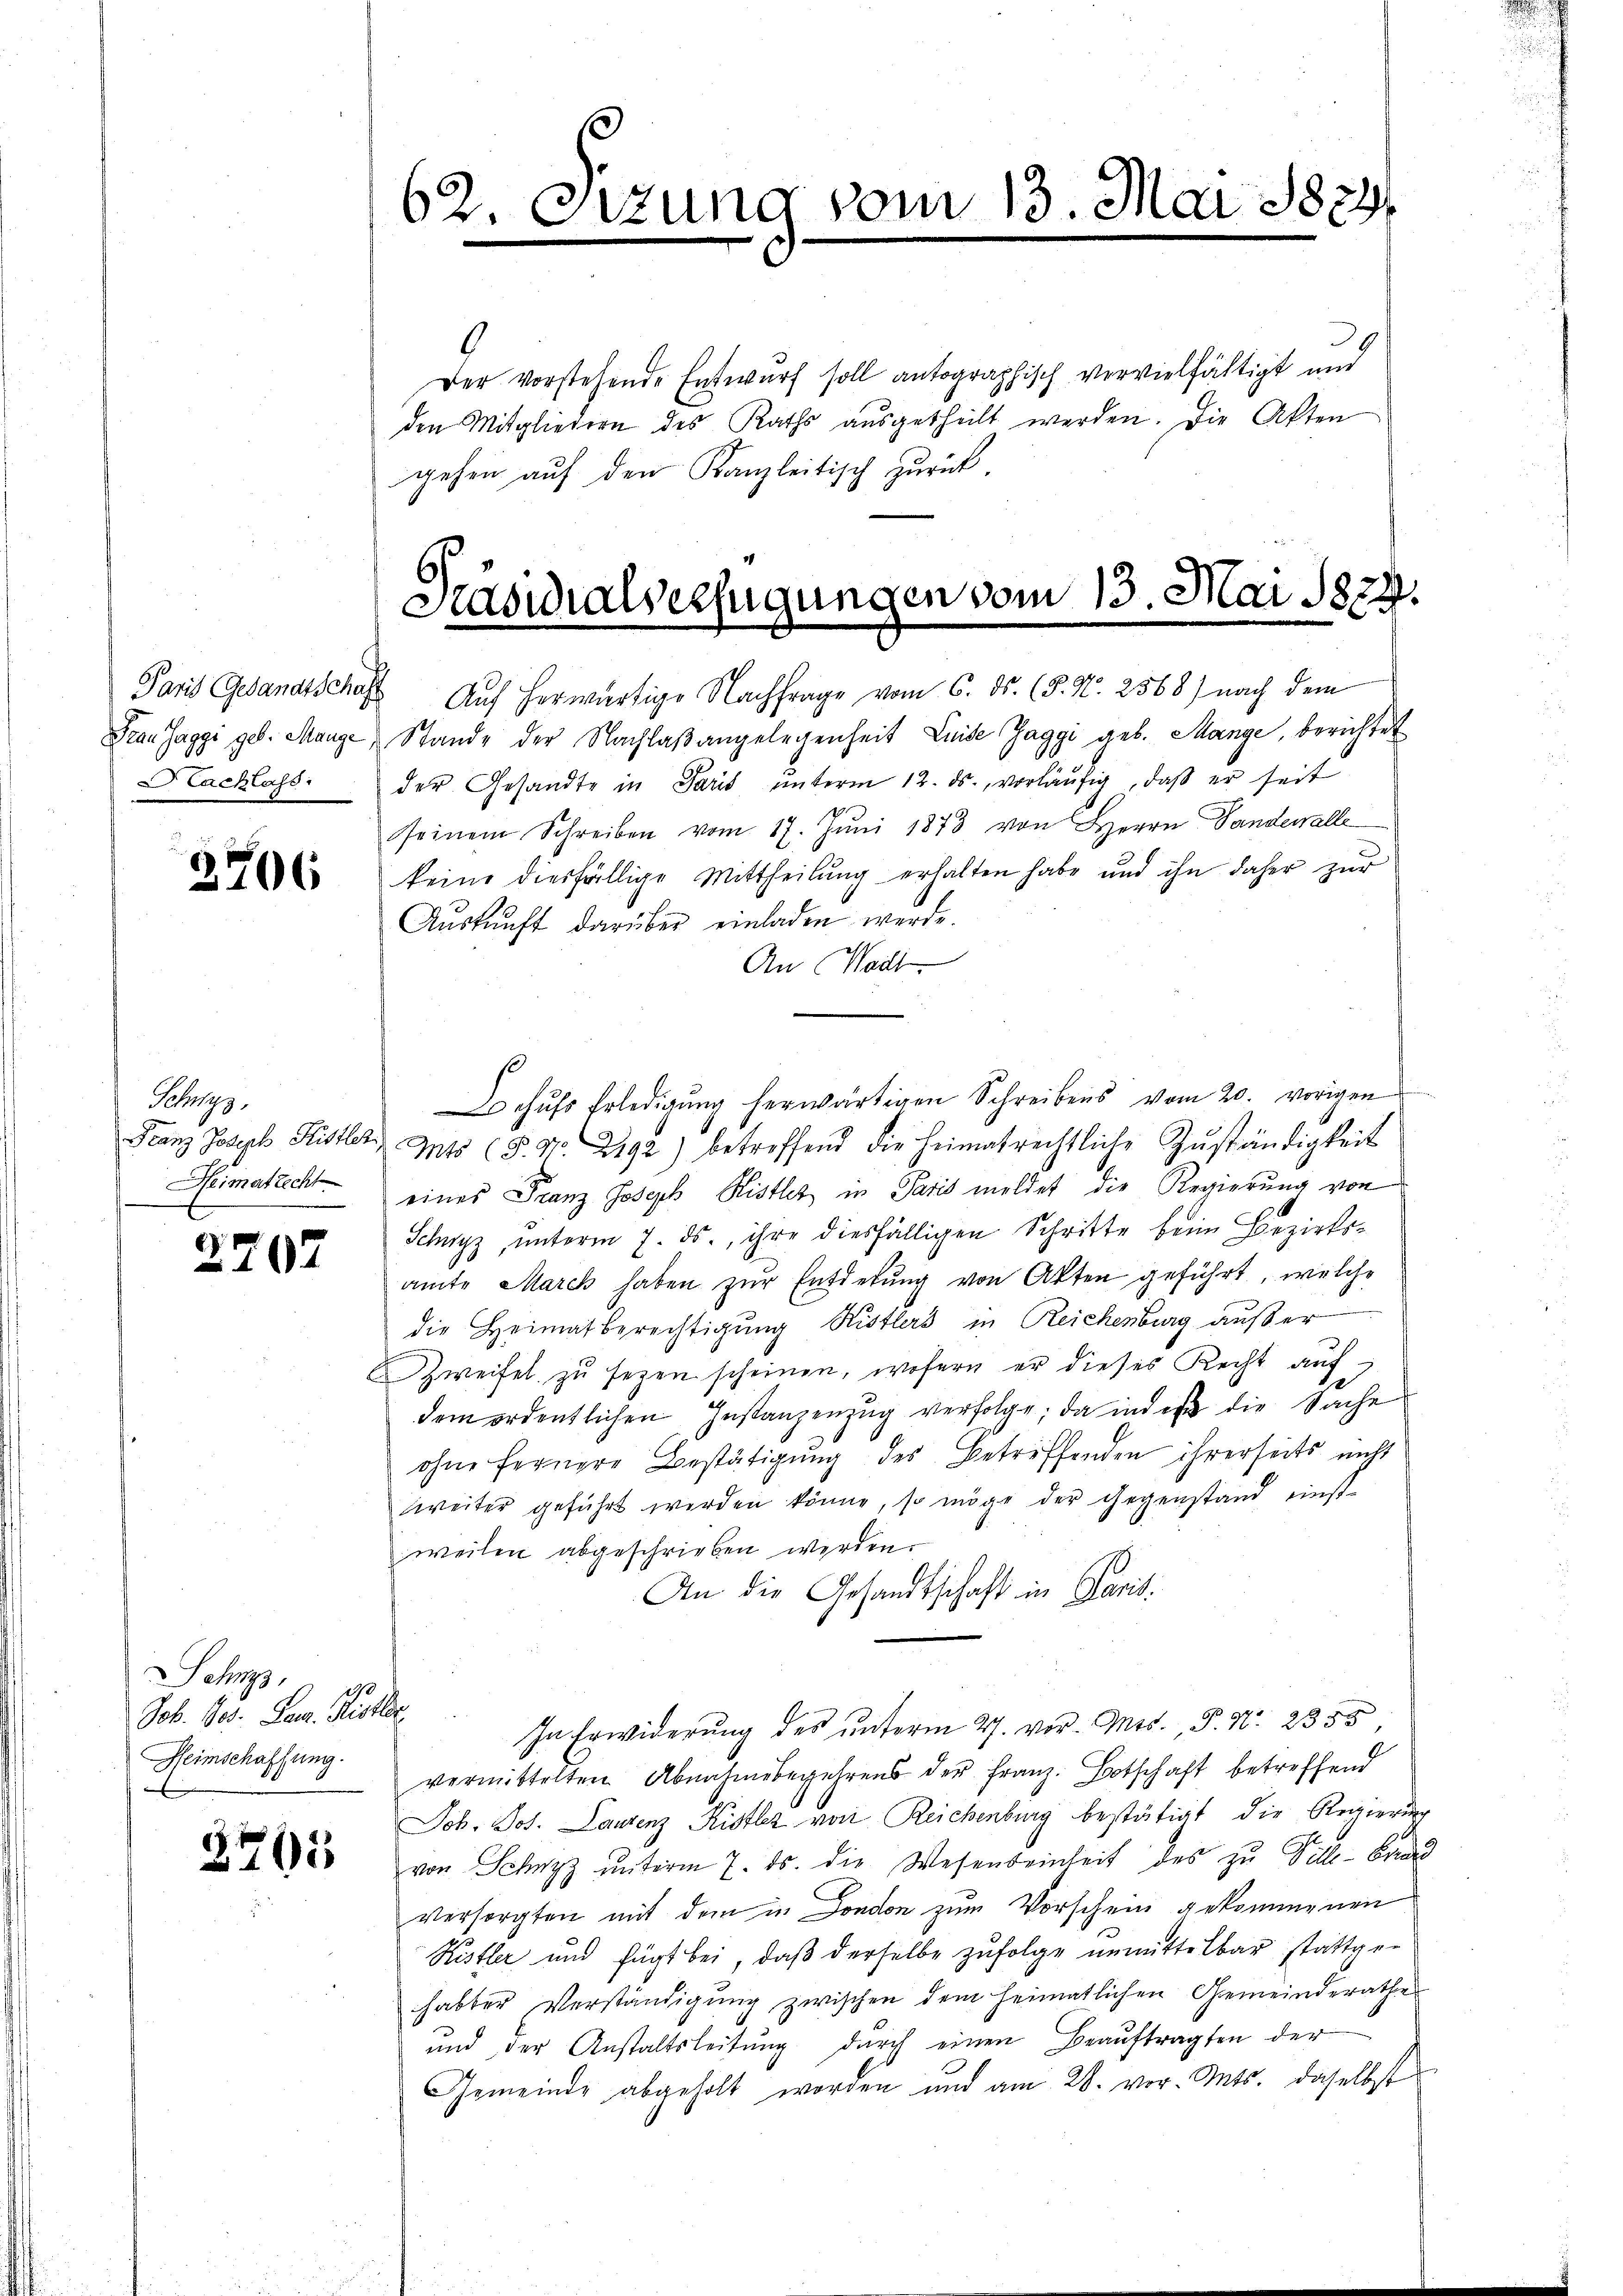
Hachlass:

2706

Schwyz,
Heimatrecht

2707

Sehr
20
Job. Jos. Benz. Ristler
Heimschaffung.

2701

62. Sitzung vom 13. Mai 1879

39
Der vorstehende Entwurf soll antographisch vervielfältigt und
den Mitgliedern des Raths ausgetheilt werden. Die Akten
gehen auf den Kanzleitisch zurück.

Stasialserfügungen vom 13. Mai 1824.
Paris Gesandtschaft Auf herwärtige Nachfrage vom 6. ds. (§. N. 2568) nach dem

Frau Jaggi geb. Mange Stande der Nachlaßangelegenheit Luise Zaggi geb. Mange, berichtet
der Gesandte in Paris ŭnterm 12. ds., vorläufig, daß er seit
seinem Schreiben vom 17. Jŭni 1873 von Herrn Landewalle
keine diesfällige Mittheilŭng erhalten habe und ihn daher zŭr
Aŭskŭnft darüber einladen werde.
An Mad.
chŭfs Erledigŭng herwärtigen Schreibens vom 20. vorigen
Franz Joseph Fristler. Mts (§. Nr. 2492) betreffend die Heimatrechtliche Zŭständigkeit
eines Franz Joseph Ristlet in Paris meldet die Regierung von
Schwyz, unterm 7. ds., ihre diesfälligen Schritte beim Bezirksamte Marck haben zŭr Entderŭng von Akten geführt, welche
die Heimatberechtigung Ristlers in Reichenburg außer
Zweifel zu sezen scheinen, wofern er dieses Recht auf
dem ordentlichen Instanzenzug verfolge, da und er die Sache
ohne fernere Bestätigung des Betreffenden ihrerseits nicht
weiter geführt werden könne, so möge der Gegenstand einstweilen abgeschrieben werden.
An die Gesandtschaft in Paris.
In Erwiderung des unterm 27. vor. Mts., P. Nr. 2355
vermittelten Abnahmebegehrens der Franz. Botschaft betreffend
Joh. Jos. Laurenz Kistler von Reichenburg bestätigt, die Regierung
von Schutz unterm 7. ds. die Wesenbeinheit des zu Ville-Canzl
versorgten mit dem in London zum Vorschein gekommenen
Ristler und fügt bei, daβ derselbe zufolge unmittelbar stattge-
habter Verständigung zwischen dem heimatlichen Gemeinderathes
ŭnd der Anstaltsleitŭng dŭrch einen Beaŭftragten der
Gemeinde abgeholt worden und am 28. vor. Mts. daselbst

n